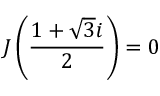
\quad J \left( { \frac { 1 + { \sqrt { 3 } } i } { 2 } } \right) = 0